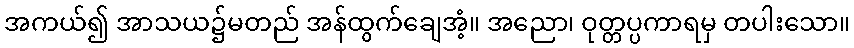
အကယ်၍ အာသယ၌မတည် အန်ထွက်ချေအံ့။ အညော၊ ဝုတ္တပ္ပကာရမှ တပါးသော။